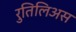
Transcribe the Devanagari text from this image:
रुतिलिअस